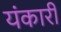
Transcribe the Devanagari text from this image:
यंकारी